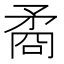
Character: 矞